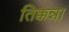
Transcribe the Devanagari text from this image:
तिक्कन्ना